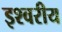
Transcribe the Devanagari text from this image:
इश्वरीय